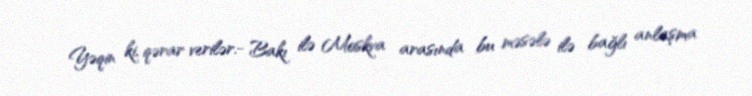
Yəqin ki, qərar verilər.- Bakı ilə Moskva arasında bu məsələ ilə bağlı anlaşma